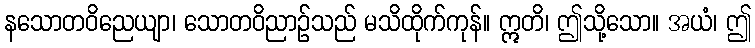
နသောတဝိညေယျာ၊ သောတဝိညာဉ်သည် မသိထိုက်ကုန်။ ဣတိ၊ ဤသို့သော။ အယံ၊ ဤ